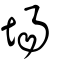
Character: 場